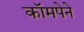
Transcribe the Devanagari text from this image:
कॉमपेने